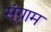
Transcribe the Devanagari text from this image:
स्ंग्राम